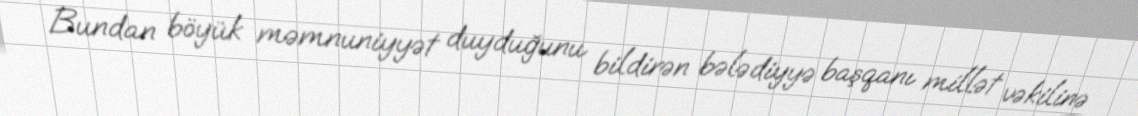
Bundan böyük məmnuniyyət duyduğunu bildirən bələdiyyə başqanı millət vəkilinə